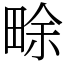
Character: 畭